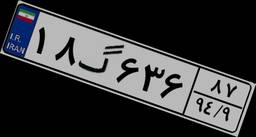
۱۸گ۶۳۶۸۷